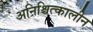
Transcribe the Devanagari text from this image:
अनिश्चित्कालीन